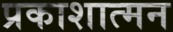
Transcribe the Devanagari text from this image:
प्रकाशात्मन